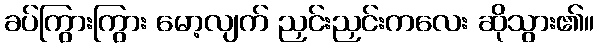
ခပ်ကြွားကြွား မော့လျက် ညှင်းညှင်းကလေး ဆိုသွား၏။